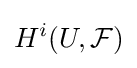
H^{i}(U,{\mathcal {F}})